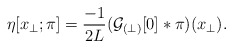
\begin{align*}\eta[x_\perp; \pi] = \frac{-1}{2L} ({\cal G}_{(\perp)}[0]\ast\pi)(x_\perp) .\end{align*}